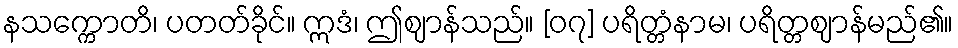
နသက္ကောတိ၊ ပတတ်ခိုင်။ ဣဒံ၊ ဤဈာန်သည်။ [၀၇] ပရိတ္တံနာမ၊ ပရိတ္တဈာန်မည်၏။